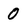
Character: 0